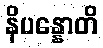
နိပန္နောတိ